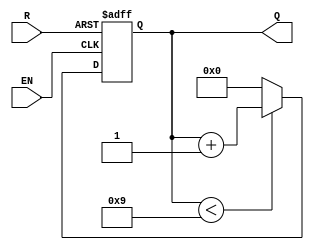
module BCD_Asynchronous_Counter (
    input wire EN,       // Enable signal
    input wire R,        // Asynchronous reset signal
    output reg [3:0] Q   // 4-bit output for BCD value
);

// Asynchronous reset logic
always @ (posedge EN or posedge R) begin
    if (R) begin
        Q <= 4'b0000; // Reset the counter to 0
    end else begin
        // Counting logic
        if (Q < 4'b1001) begin
            Q <= Q + 1; // Increment the counter
        end else begin
            Q <= 4'b0000; // Wrap around to 0 after 9
        end
    end
end

endmodule